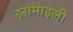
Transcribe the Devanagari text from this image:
इसमाइली